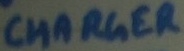
Text: CHARGER